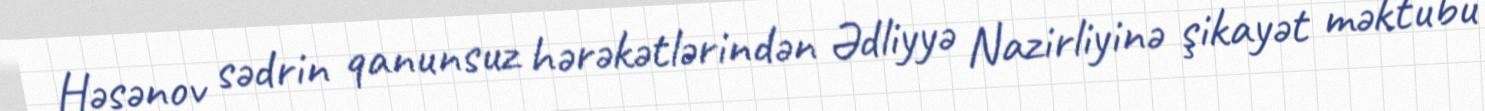
Həsənov sədrin qanunsuz hərəkətlərindən Ədliyyə Nazirliyinə şikayət məktubu